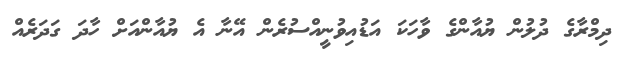
ދިމްރާގެ ދުލުން ޔުއާންގެ ވާހަކަ އަޑުއިވުނީއްސުރެން އޭނާ އެ ޔުއާންއަށް ހާދަ ގަދަރެއް